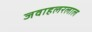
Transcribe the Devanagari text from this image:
जवाहलरलाल